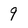
Character: 9